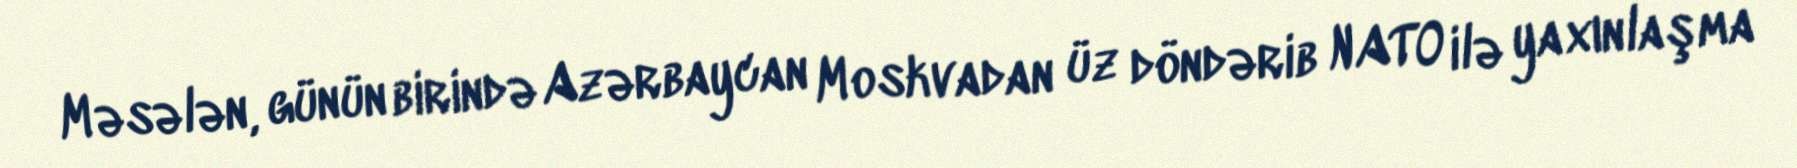
Məsələn, günün birində Azərbaycan Moskvadan üz döndərib NATO ilə yaxınlaşma